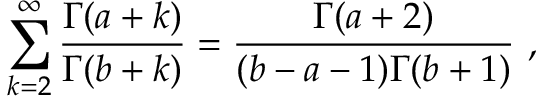
\sum _ { k = 2 } ^ { \infty } \frac { \Gamma ( a + k ) } { \Gamma ( b + k ) } = \frac { \Gamma ( a + 2 ) } { ( b - a - 1 ) \Gamma ( b + 1 ) } ~ ,